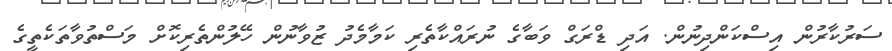
ސަރުކާރުން އިސްކަންދިނުން. އަދި ޑްރަގް ވަބާގެ ނުރައްކާތެރި ކަމާމެދު ޒުވާނުން ހޭލުންތެރިކޮށް މަސްތުވާތަކެތީގެ